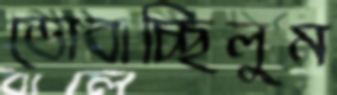
ডোবাচ্ছিলুম